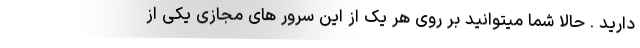
دارید . حالا شما میتوانید بر روی هر یک از این سرور های مجازی یکی از